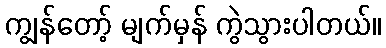
ကျွန်တော့် မျက်မှန် ကွဲသွားပါတယ်။